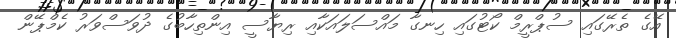
އޭގެ ތެރޭގައި ސުޕްރީމް ކޯޓުގައި ހިނގާ މައްސަލައަކާއި ރިޔާސީ އިންތިހާބުގެ ދުވަސްވަރު ކެމްޕޭން